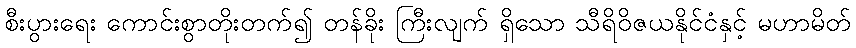
စီးပွားရေး ကောင်းစွာတိုးတက်၍ တန်ခိုး ကြီးလျက် ရှိသော သီရိဝိဇယနိုင်ငံနှင့် မဟာမိတ်